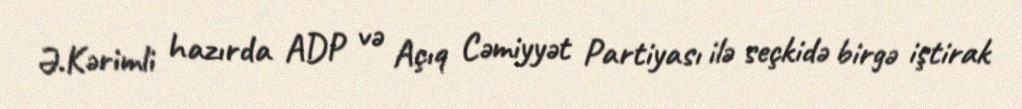
Ə.Kərimli hazırda ADP və Açıq Cəmiyyət Partiyası ilə seçkidə birgə iştirak